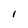
Character: l